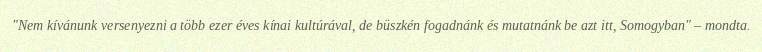
"Nem kívánunk versenyezni a több ezer éves kínai kultúrával, de büszkén fogadnánk és mutatnánk be azt itt, Somogyban" – mondta.